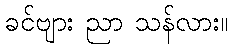
ခင်ဗျား ညာ သန်လား။